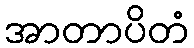
အာတာပိတံ